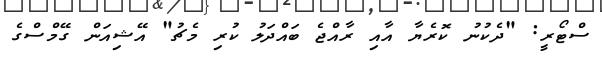
ސްޓޯރީ: "ދެކުނު ކޮރެޔާ އާއި ރާއްޖެ ބައްދަލު ކުރި މެޗު" އޭޝިއަން ގޭމްސްގެ